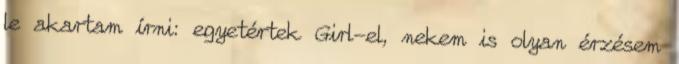
le akartam írni: egyetértek Girl-el, nekem is olyan érzésem